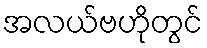
အလယ်ဗဟိုတွင်